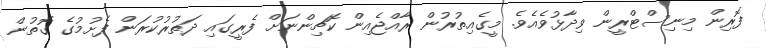
ފޮރިން މިނިސްޓްރީން ވިދާޅުވެއެވެ. މީގެއިތުރުން ރާއްޖެއިން ކޮޗިންނަށް ފެރީގައި ދަތުރުކުރަން ފެށުމުގެ ގޮތުން